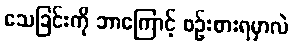
သေခြင်းကို ဘာကြောင့် စဉ်းစားရမှာလဲ